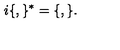
i \lbrace , \rbrace ^ { \ast } = \lbrace , \rbrace .